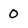
Character: 0